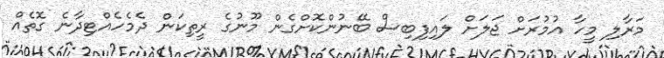
މަރާލި މީހާ އުމުރަށް ޖަލަށް ލައިފިބިސް ބޭނުންކޮށްގެން މޫނުގެ ރީތިކަން ދެމެހެއްޓިދާނެ ގޮތެއް